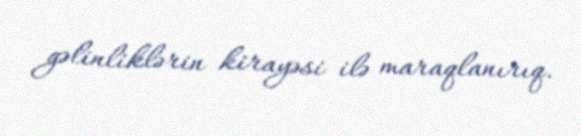
gəlinliklərin kirayəsi ilə maraqlanırıq.